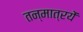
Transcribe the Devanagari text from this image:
तन्मात्रयें